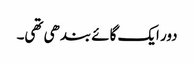
دور ایک گائے بندھی تھی۔